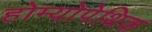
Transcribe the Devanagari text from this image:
होम्योपेथिक